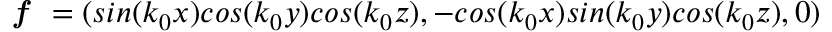
{ \textbf { \textit f } } = ( s i n ( k _ { 0 } x ) c o s ( k _ { 0 } y ) c o s ( k _ { 0 } z ) , - c o s ( k _ { 0 } x ) s i n ( k _ { 0 } y ) c o s ( k _ { 0 } z ) , 0 )